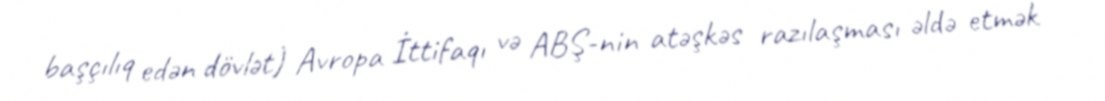
başçılıq edən dövlət) Avropa İttifaqı və ABŞ-nin atəşkəs razılaşması əldə etmək